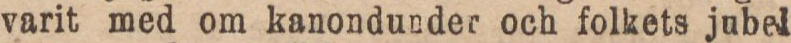
varit med om kanondunder och folkets jubel